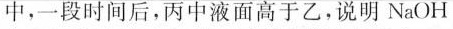
中，一段时间后，丙中液面高于乙，说明NaOH